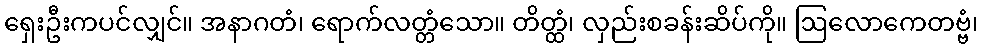
ရှေးဦးကပင်လျှင်။ အနာဂတံ၊ ရောက်လတ္တံသော။ တိတ္ထံ၊ လှည်းစခန်းဆိပ်ကို။ ဩလောကေတဗ္ဗံ၊